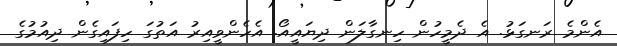
އެންމެ ރަނގަޅު. އެ ދެމީހުން ހިނގާލަން ދިޔައީއޯ. އެހެންވީއިރު އަތުގަ ހިފައިގެން ދިއުމުގެ